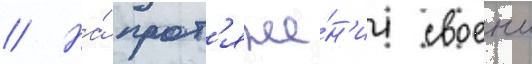
// На́ прот'яже́н'ии своеи